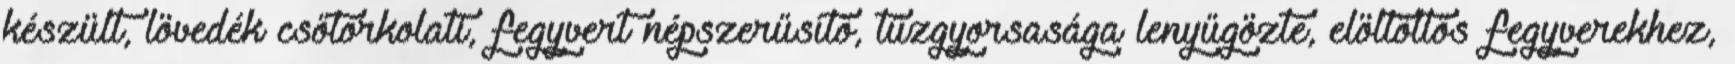
készült, lövedék csőtorkolati, fegyvert népszerűsítő, tűzgyorsasága lenyűgözte, elöltöltős fegyverekhez,